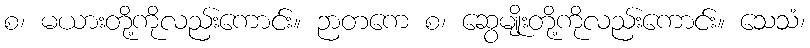
စ၊ မယားတို့ကိုလည်းကောင်း။ ဉာတကေ စ၊ ဆွေမျိုးတို့ကိုလည်းကောင်း။ သေသံ၊